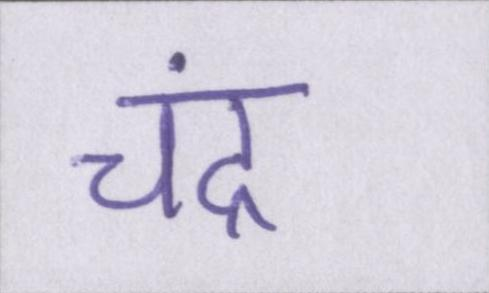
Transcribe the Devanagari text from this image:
चंद्र